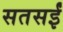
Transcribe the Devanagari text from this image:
सतसईं